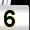
Digit: 5